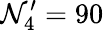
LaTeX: \mathcal{N}_{4}^{\prime}=90